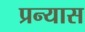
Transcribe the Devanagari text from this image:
प्रन्‍यास